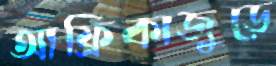
আফ্রিকাজুড়ে